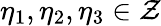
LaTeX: \eta_{1},\eta_{2},\eta_{3}\in\mathcal{Z}